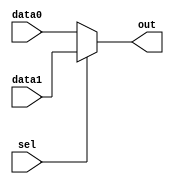
`timescale 1ns / 1ps
//////////////////////////////////////////////////////////////////////////////////
// Company: 
// Engineer: 
// 
// Design Name: 
// Module Name: mux2
// Project Name: 
// Target Devices: 
// Tool Versions: 
// Description: 
// 
// Dependencies: 
// 
// Revision:
// Revision 0.01 - File Created
// Additional Comments:
// 
//////////////////////////////////////////////////////////////////////////////////
module mux2(        //32
    input [31:0] data0,
    input [31:0] data1,
    input sel,
    output reg [31:0] out
);
    always @* begin
        if (sel == 1'b0) begin
            out = data0;
        end else begin
            out = data1;
        end
    end
endmodule